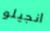
انجيلو